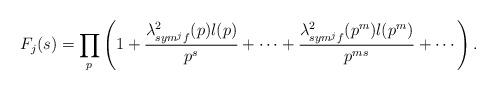
LaTeX: \begin{align*}F_{j}(s)=\prod_{p}^{} \left(1+\frac{\lambda^{2}_{sym^{j}f}(p)l(p)}{p^{s}}+\cdots+\frac{\lambda^{2}_{sym^{j}f}(p^{m})l(p^{m})}{p^{ms}}+\cdots\right).\end{align*}